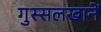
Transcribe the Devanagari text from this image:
गुस्सलखानें